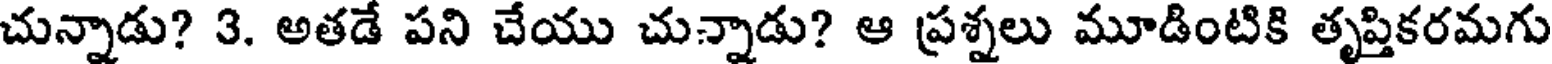
చున్నాడు? 3. అతడే పని చేయు చున్నాడు? ఆ ప్రశ్నలు మూడింటికి తృప్తికరమగు